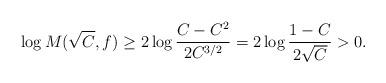
LaTeX: \begin{align*}\log M(\sqrt{C},f)\geq 2 \log \frac{C-C^2}{2C^{3/2}}=2\log \frac{1-C}{2\sqrt{C}}>0.\end{align*}